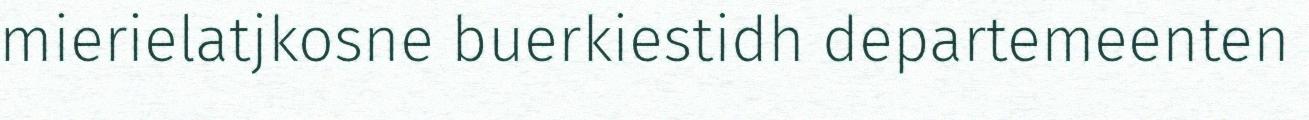
mierielatjkosne buerkiestidh departemeenten